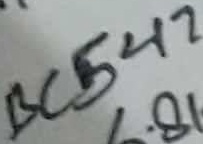
Text: BC547